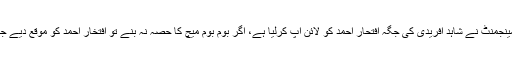
کراچی کنگز کی مینجمنٹ نے شاہد آفریدی کی جگہ افتحار احمد کو لائن اپ کرلیا ہے، اگر بوم بوم میچ کا حصہ نہ بنے تو افتخار احمد کو موقع دیے جانے کا امکان ہے۔